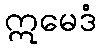
ဣမေဒံ